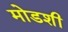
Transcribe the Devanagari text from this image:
मोडशी